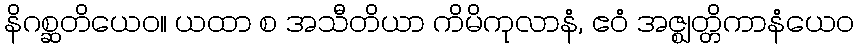
နိဂစ္ဆတိယေဝ။ ယထာ စ အသီတိယာ ကိမိကုလာနံ, ဧဝံ အဇ္ဈတ္တိကာနံယေဝ